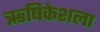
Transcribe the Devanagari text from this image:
ऋषिकेशला